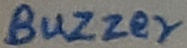
Text: BUZZER